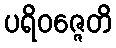
ပရိဝဇ္ဇေတိ